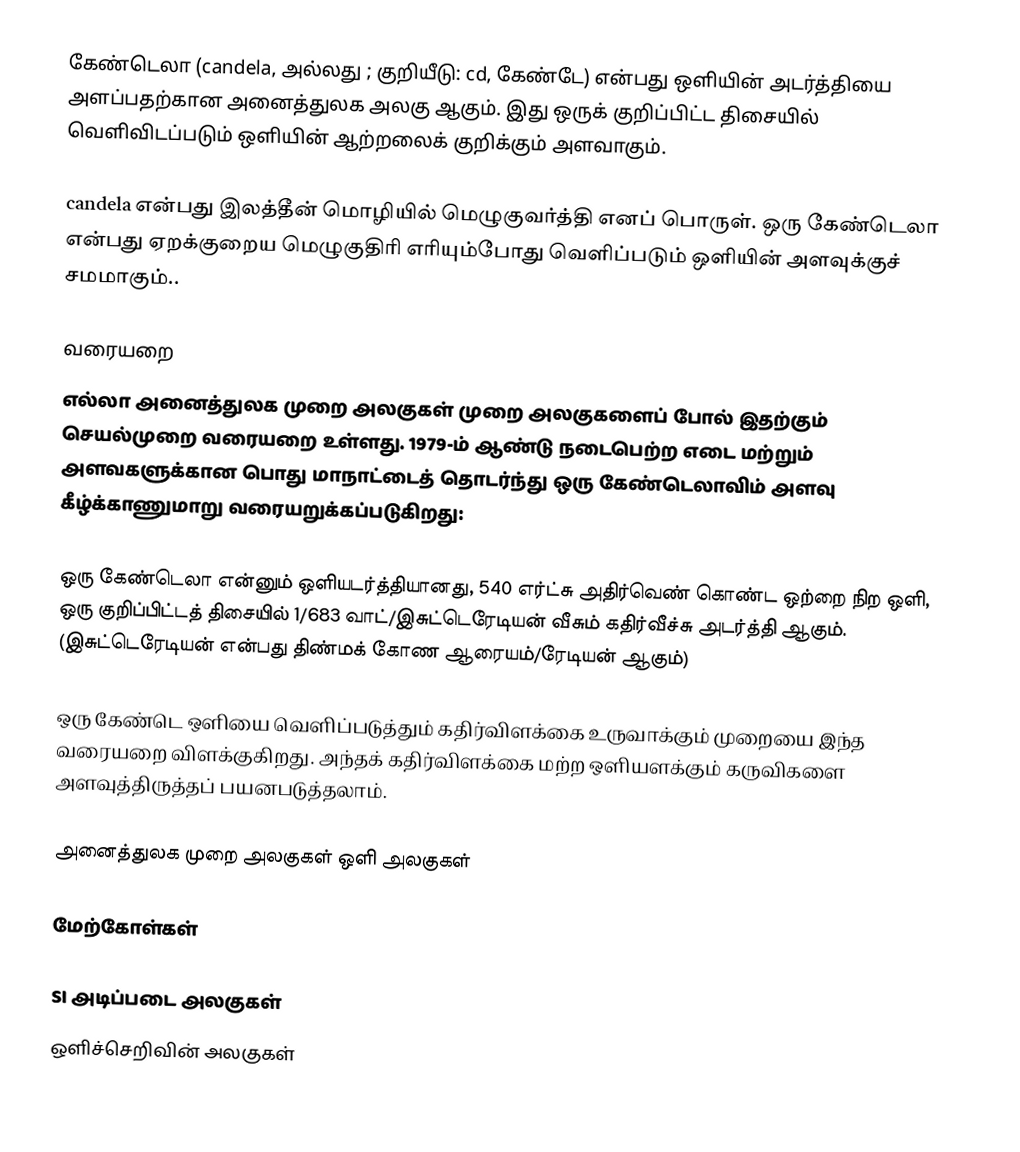
கேண்டெலா (candela,  அல்லது ; குறியீடு: cd, கேண்டே) என்பது ஒளியின் அடர்த்தியை அளப்பதற்கான அனைத்துலக அலகு ஆகும். இது ஒருக் குறிப்பிட்ட திசையில் வெளிவிடப்படும் ஒளியின் ஆற்றலைக் குறிக்கும் அளவாகும்.

candela என்பது இலத்தீன் மொழியில் மெழுகுவர்த்தி எனப் பொருள்.  ஒரு கேண்டெலா என்பது ஏறக்குறைய மெழுகுதிரி எரியும்போது வெளிப்படும் ஒளியின் அளவுக்குச் சமமாகும்..

வரையறை
எல்லா அனைத்துலக முறை அலகுகள் முறை அலகுகளைப் போல் இதற்கும் செயல்முறை வரையறை உள்ளது. 1979-ம் ஆண்டு நடைபெற்ற எடை மற்றும் அளவகளுக்கான பொது மாநாட்டைத் தொடர்ந்து ஒரு கேண்டெலாவிம் அளவு கீழ்க்காணுமாறு வரையறுக்கப்படுகிறது:

ஒரு கேண்டெலா என்னும் ஒளியடர்த்தியானது, 540 எர்ட்சு அதிர்வெண் கொண்ட ஒற்றை நிற ஒளி, ஒரு குறிப்பிட்டத் திசையில் 1/683 வாட்/இசுட்டெரேடியன் வீசும் கதிர்வீச்சு அடர்த்தி ஆகும். (இசுட்டெரேடியன் என்பது திண்மக் கோண ஆரையம்/ரேடியன் ஆகும்)

ஒரு கேண்டெ ஒளியை வெளிப்படுத்தும் கதிர்விளக்கை உருவாக்கும் முறையை இந்த வரையறை விளக்குகிறது. அந்தக் கதிர்விளக்கை மற்ற ஒளியளக்கும் கருவிகளை அளவுத்திருத்தப் பயனபடுத்தலாம்.

அனைத்துலக முறை அலகுகள் ஒளி அலகுகள்

மேற்கோள்கள்

SI அடிப்படை அலகுகள்
ஒளிச்செறிவின் அலகுகள்